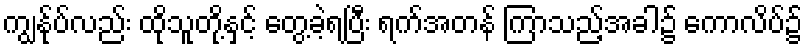
ကျွန်ုပ်လည်း ထိုသူတို့နှင့် တွေ့ခဲ့ရပြီး ရက်အတန် ကြာသည့်အခါ၌ ကောလိပ်၌